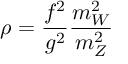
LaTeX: \rho = \frac { f ^ { 2 } } { g ^ { 2 } } \frac { m _ { W } ^ { 2 } } { m _ { Z } ^ { 2 } }